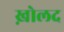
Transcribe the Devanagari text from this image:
ख़ोलद